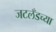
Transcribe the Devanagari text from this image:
जटलँडच्या